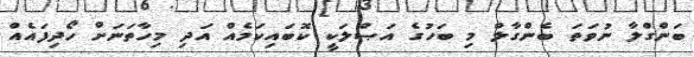
ބަންގްލާ ނުވަތަ ބެންގާލް މި ބަހުގެ އަޞްލަކީ ކޮބައިކަމެއް އަދި މިހާތަނަށް ހޯދިފައެއް